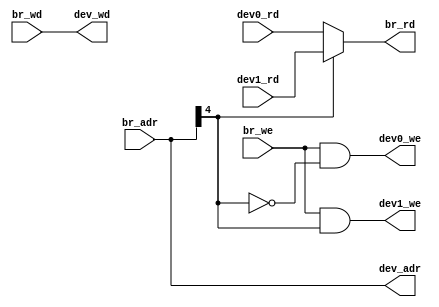
module Bridge(
    input [31:0] br_adr, br_wd,
    input br_we,
    input [31:0] dev0_rd, dev1_rd,
    
    output [31:0] br_rd, dev_adr, dev_wd,
    output dev0_we, dev1_we
);

    assign dev_adr = br_adr;
    assign dev_wd = br_wd;

    assign dev0_we = br_we && br_adr[4] == 0;
    assign dev1_we = br_we && br_adr[4] == 1;

    assign br_rd = (br_adr[4] == 0) ? dev0_rd : dev1_rd;

endmodule